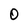
Character: O